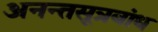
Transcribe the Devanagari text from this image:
अनन्तसूत्रबांध